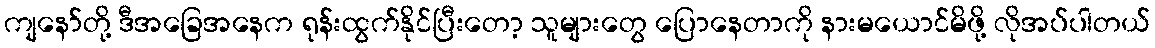
ကျနော်တို့ ဒီအခြေအနေက ရုန်းထွက်နိုင်ပြီးတော့ သူများတွေ ပြောနေတာကို နားမယောင်မိဖို့ လိုအပ်ပါတယ်